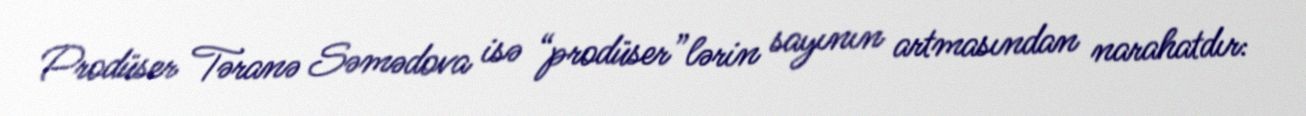
Prodüser Təranə Səmədova isə “prodüser”lərin sayının artmasından narahatdır: